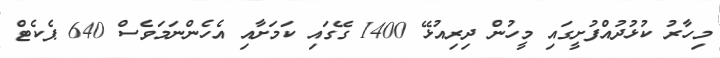
މިހާރު ކުޅުދުއްފުށީގައި މީހުން ދިރިއުޅޭ 1400 ގޭގައި ކަމަށާއި އެހެންނަމަވެސް 640 ޕެކެޓް